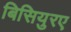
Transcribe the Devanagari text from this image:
बिसियुरए